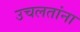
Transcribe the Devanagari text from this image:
उचलतांना